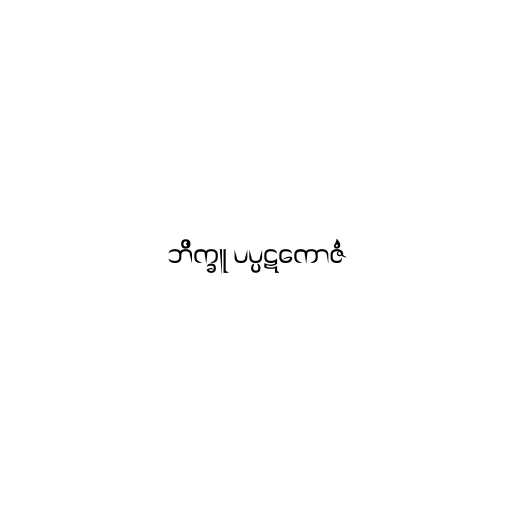
ဘိက္ခူ ပပ္ပဋကောဇံ